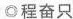
o程奋只